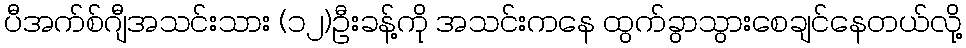
ပီအက်စ်ဂျီအသင်းသား (၁၂)ဦးခန့်ကို အသင်းကနေ ထွက်ခွာသွားစေချင်နေတယ်လို့